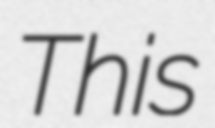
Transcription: This